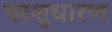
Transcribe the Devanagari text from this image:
परशुधारण